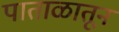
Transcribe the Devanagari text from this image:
पाताळातून